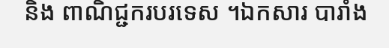
និង ពាណិជ្ជករបរទេស ។ឯកសារ បារាំង